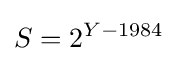
S=2^{Y-1984}